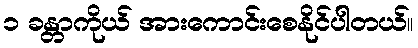
၁ ခန္တာကိုယ် အားကောင်းစေနိုင်ပါတယ်။